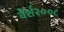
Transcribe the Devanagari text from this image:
वेर्श२००८